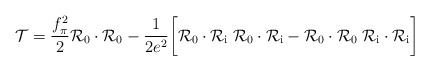
\begin{align*}{\cal T}={f_\pi^2\over 2} {\cal R}_0\cdot{\cal R}_0 -{1\over{2 e^2}}\biggl [{\cal R}_0\cdot{\cal R}_{\mathrm{i}}\;{\cal R}_0\cdot{\cal R}_{\mathrm{i}} -{\cal R}_0\cdot{\cal R}_0\;{\cal R}_{\mathrm{i}}\cdot{\cal R}_{\mathrm{i}}\biggr ]\end{align*}